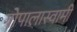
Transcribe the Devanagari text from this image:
गोपालास्वामी